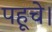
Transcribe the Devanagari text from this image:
पहूचे।